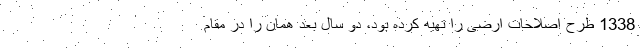
1338 طرح اصلاحات ارضی را تهیه کرده بود، دو سال بعد همان را در مقام